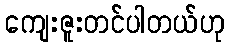
ကျေးဇူးတင်ပါတယ်ဟု